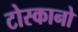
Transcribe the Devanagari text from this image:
टोस्कानो